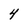
Character: 4